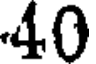
40